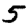
Digit: 5